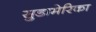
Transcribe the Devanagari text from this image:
सुडामेरिका